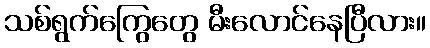
သစ်ရွက်ကြွေတွေ မီးလောင်နေပြီလား။